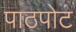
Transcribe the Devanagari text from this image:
पाठपोट